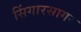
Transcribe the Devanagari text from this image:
सिंगारसागर